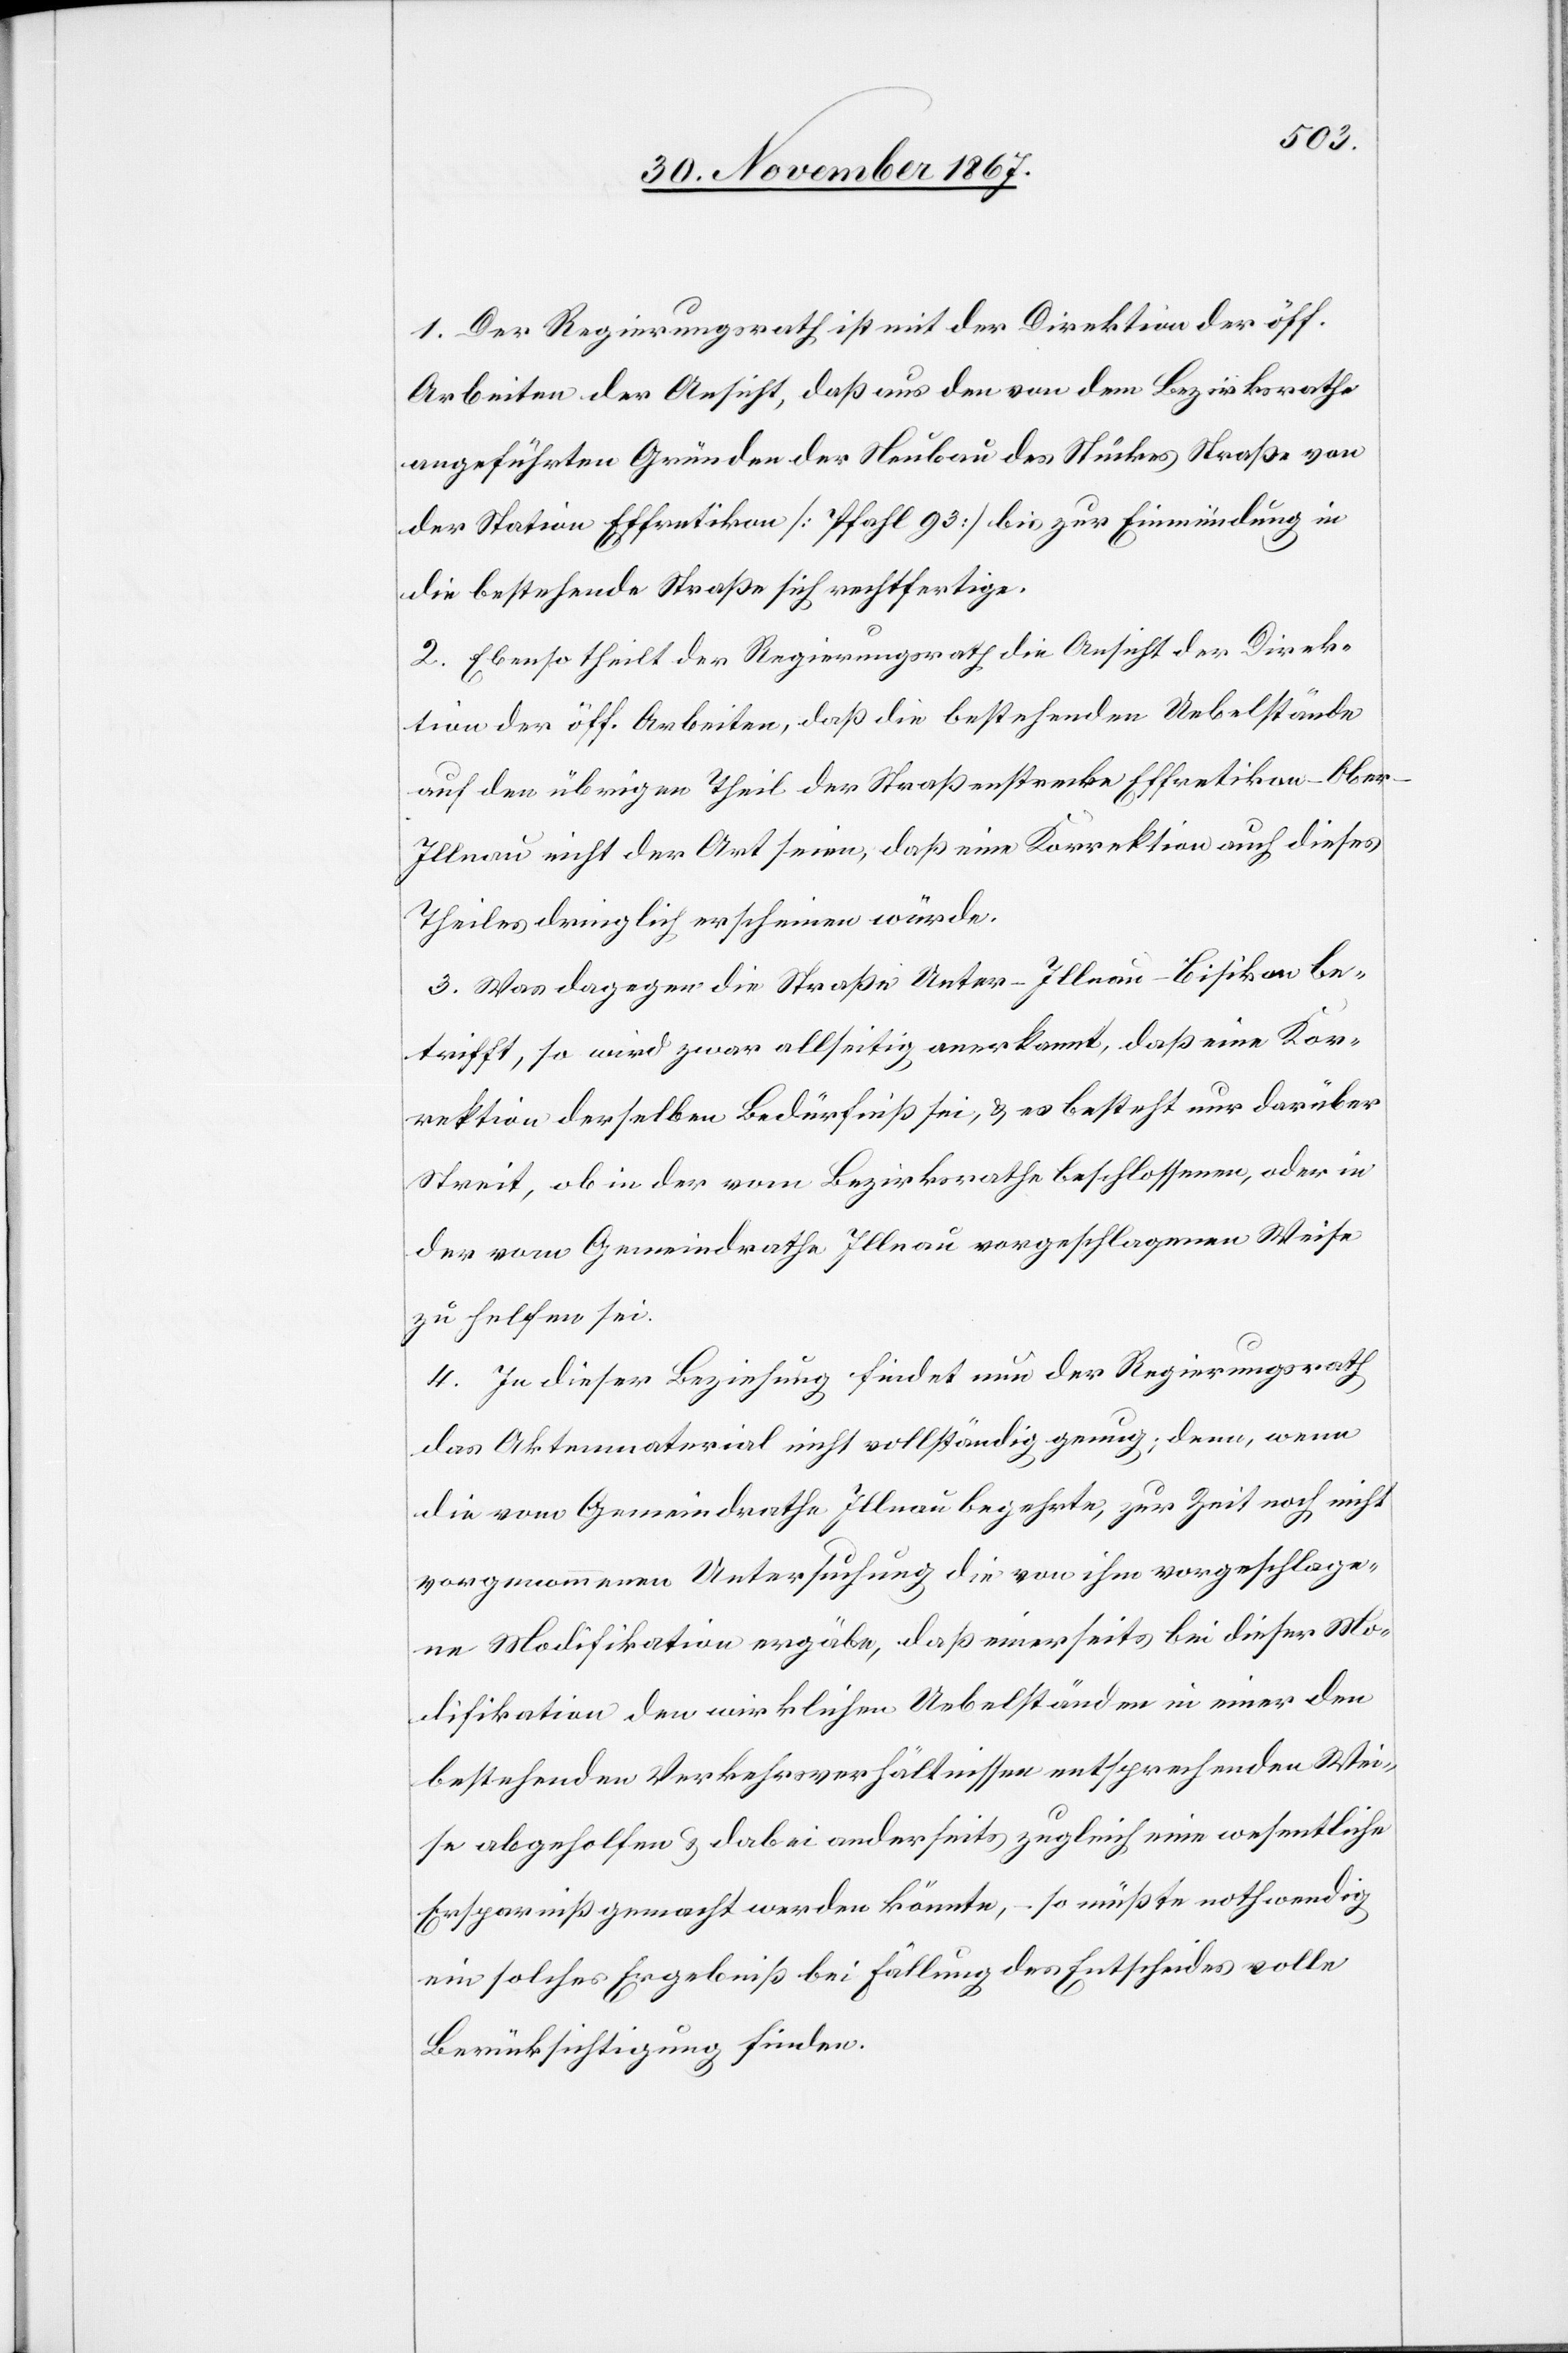
1. Der Regierungsrath ist mit der Direktion der öff.
Arbeiten der Ansicht, daß aus den von dem Bezirksrathe
angeführten Gründen der Neubau des Stückes Straße von
der Station Effretikon [Pfahl 93] bis zur Einmündung in
die bestehende Straße sich rechtfertige.
2. Ebenso theilt der Regierungsrath die Ansicht der Direk¬
tion der öff. Arbeiten, daß die bestehenden Uebelstände
auf dem übrigen Theil der Straßenstrecke Effretikon–Ober-I¬
llnau nicht der Art seien, daß eine Korrektion auch dieses
Theiles dringlich erscheinen würde.
3. Was dagegen die Straße Unter-Illnau–Bisikon be¬
trifft, so wird zwar allseitig anerkannt, daß eine Kor¬
rektion derselben Bedürfniß sei, u. es besteht nur darüber
Streit, ob in der vom Bezirksrathe beschlossenen, oder in
der vom Gemeindrathe Illnau vorgeschlagenen Weise
zu helfen sei.
4. In dieser Beziehung findet nun der Regierungsrath
das Aktenmaterial nicht vollständig genug; denn, wenn
die vom Gemeindrathe Illnau begehrte, zur Zeit noch nicht
vorgenommene Untersuchung die von ihm vorgeschlage¬
ne Modifikation ergäbe, daß einerseits bei dieser Mo¬
difikation den wirklichen Uebelständen in einer den
bestehenden Verkehrsverhältnissen entsprechenden Wei¬
se abgeholfen u. dabei anderseits zugleich eine wesentliche
Ersparniß gemacht werden könnte, – so müßte nothwendig
ein solches Ergebniß bei Fällung des Entscheides volle
Berücksichtigung finden.